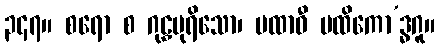
၃၄၇။ စရော စ ဂုဠှပုရိသော၊ ပထာဝီ ပထိကော’ဒ္ဓဂူ။